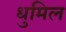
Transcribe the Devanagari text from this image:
धुमिल